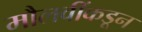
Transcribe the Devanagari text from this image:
मौलवींकडून